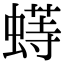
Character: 𬠟